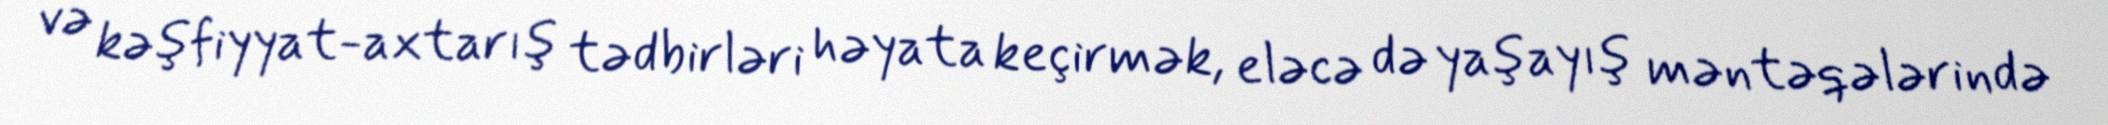
və kəşfiyyat-axtarış tədbirləri həyata keçirmək, eləcə də yaşayış məntəqələrində